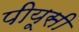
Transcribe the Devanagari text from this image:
पीयूसी